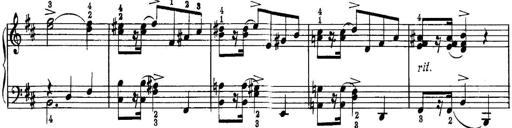
Title: Quatres sonatines
Composer: Tadeusz Joteyko